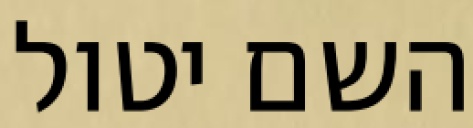
השם יטול